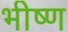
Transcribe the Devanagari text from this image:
भीष्ण